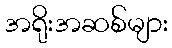
အရိုးအဆစ်များ